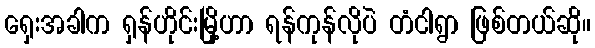
ရှေးအခါက ရှန်ဟိုင်းမြို့ဟာ ရန်ကုန်လိုပဲ တံငါရွာ ဖြစ်တယ်ဆို။